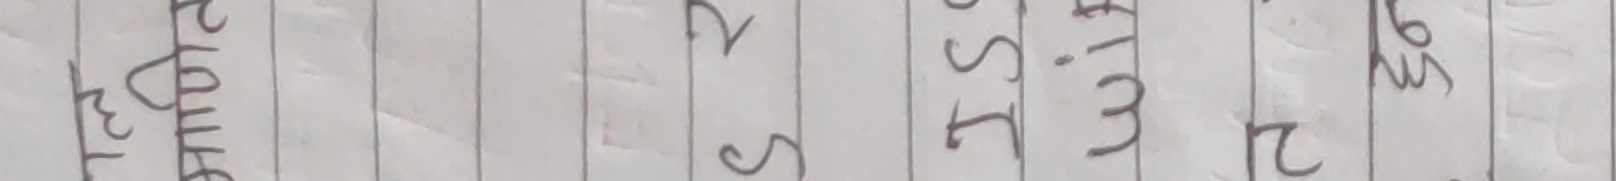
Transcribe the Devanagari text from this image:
१
२
३
४
५
६
७
८
९
१०